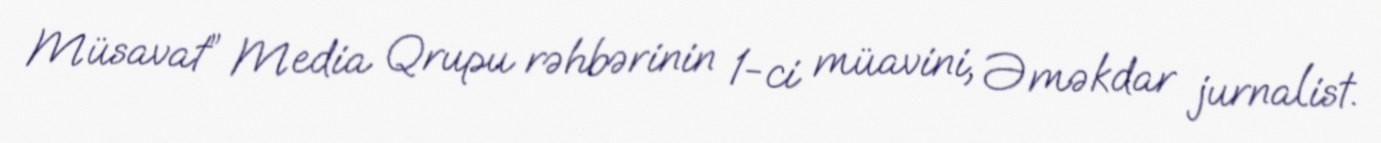
Müsavat” Media Qrupu rəhbərinin 1-ci müavini, Əməkdar jurnalist.